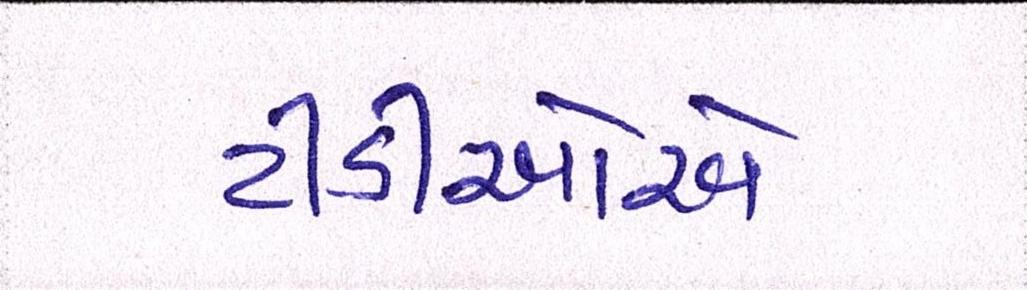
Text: ટીડીઓએ